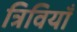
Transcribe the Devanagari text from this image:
त्रिवियाँ